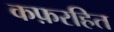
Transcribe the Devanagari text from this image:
कफ़रहित